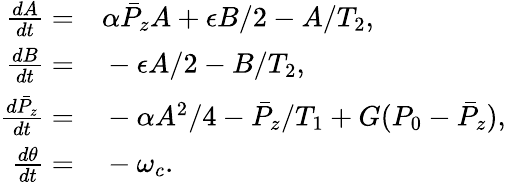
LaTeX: \begin{array}{rl}{\frac{dA}{dt}=}&{{}\alpha\bar{P}_{z}A+\epsilon B/2-A/T_{2},}\\ {\frac{dB}{dt}=}&{{}-\epsilon A/2-B/T_{2},}\\ {\frac{d\bar{P}_{z}}{dt}=}&{{}-\alpha A^{2}/4-\bar{P}_{z}/T_{1}+G(P_{0}-\bar{P}_{z}),}\\ {\frac{d\theta}{dt}=}&{{}-\omega_{c}.}\end{array}